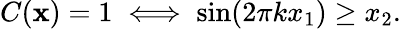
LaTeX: C(\mathbf{x})=1\iff\sin(2\pi kx_{1})\geq x_{2}.